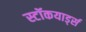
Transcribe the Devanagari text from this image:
स्टॉकयार्ड्स